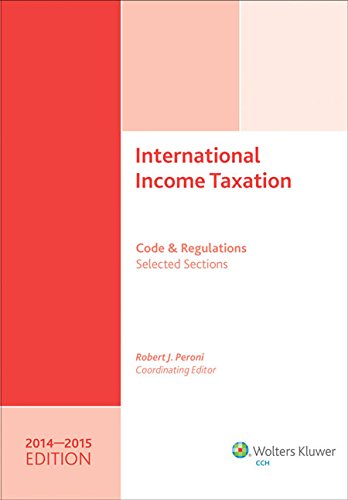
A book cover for INTERNATIONAL INCOME TAXATION: Code and RegulationsSelected Sections (20142015 Edition); Coordinating Editor Robert J. Peroni; Law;